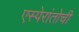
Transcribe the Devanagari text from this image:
एस्पेरांतोची